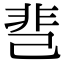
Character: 䨽